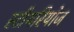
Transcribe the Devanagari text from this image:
स्टीयरियोज